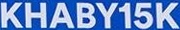
KHABY15K